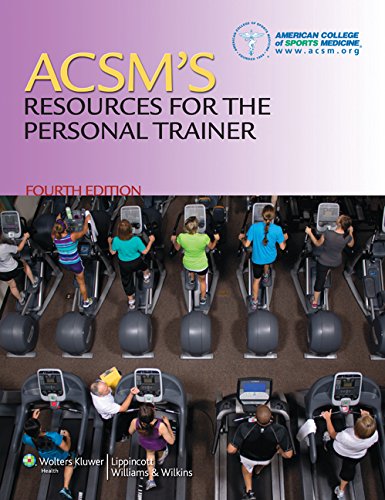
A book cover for ACSM's Resources for the Personal Trainer; American College of Sports Medicine (ACSM); Medical Books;